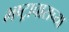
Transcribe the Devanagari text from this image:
भष्ट्राचाराच्या